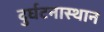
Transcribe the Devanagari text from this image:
दुर्घटनास्थान